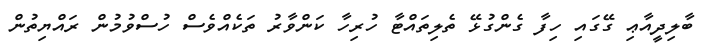
ބާލިދީއާޢި ގޭގައި ހިފާ ގެންގުޅޭ ތެލިތައްޓާ ހުރިހާ ކަންވާރު ތަކެއްވެސް ހުސްވުމުން ރައްޔިތުން